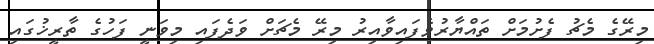
މިރޭގެ މެޗު ފެށުމަށް ތައްޔާރުވެފައިވާއިރު މިރޭ މެޗަށް ވަދެފައި މިވަނީ ފަހުގެ ތާރީޚުގައި